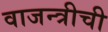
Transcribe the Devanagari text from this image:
वाजन्त्रीची